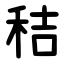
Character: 秸